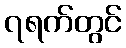
၇ရက်တွင်